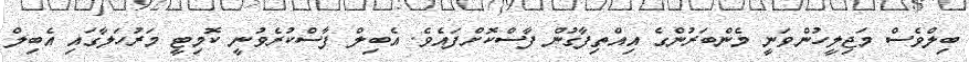
ބިލްވެސް މަޖިލީހުންވަނީ މެންބަރުންގެ އިއްތިފާގުން ފާސްކޮށްފައެވެ. އެބިލް ފާސްކުރެވުނީ ކޮމިޓީ މަރުހަލާގައި އެބިލް